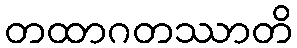
တထာဂတဿာတိ